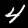
Label: 4